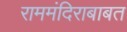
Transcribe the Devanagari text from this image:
राममंदिराबाबत